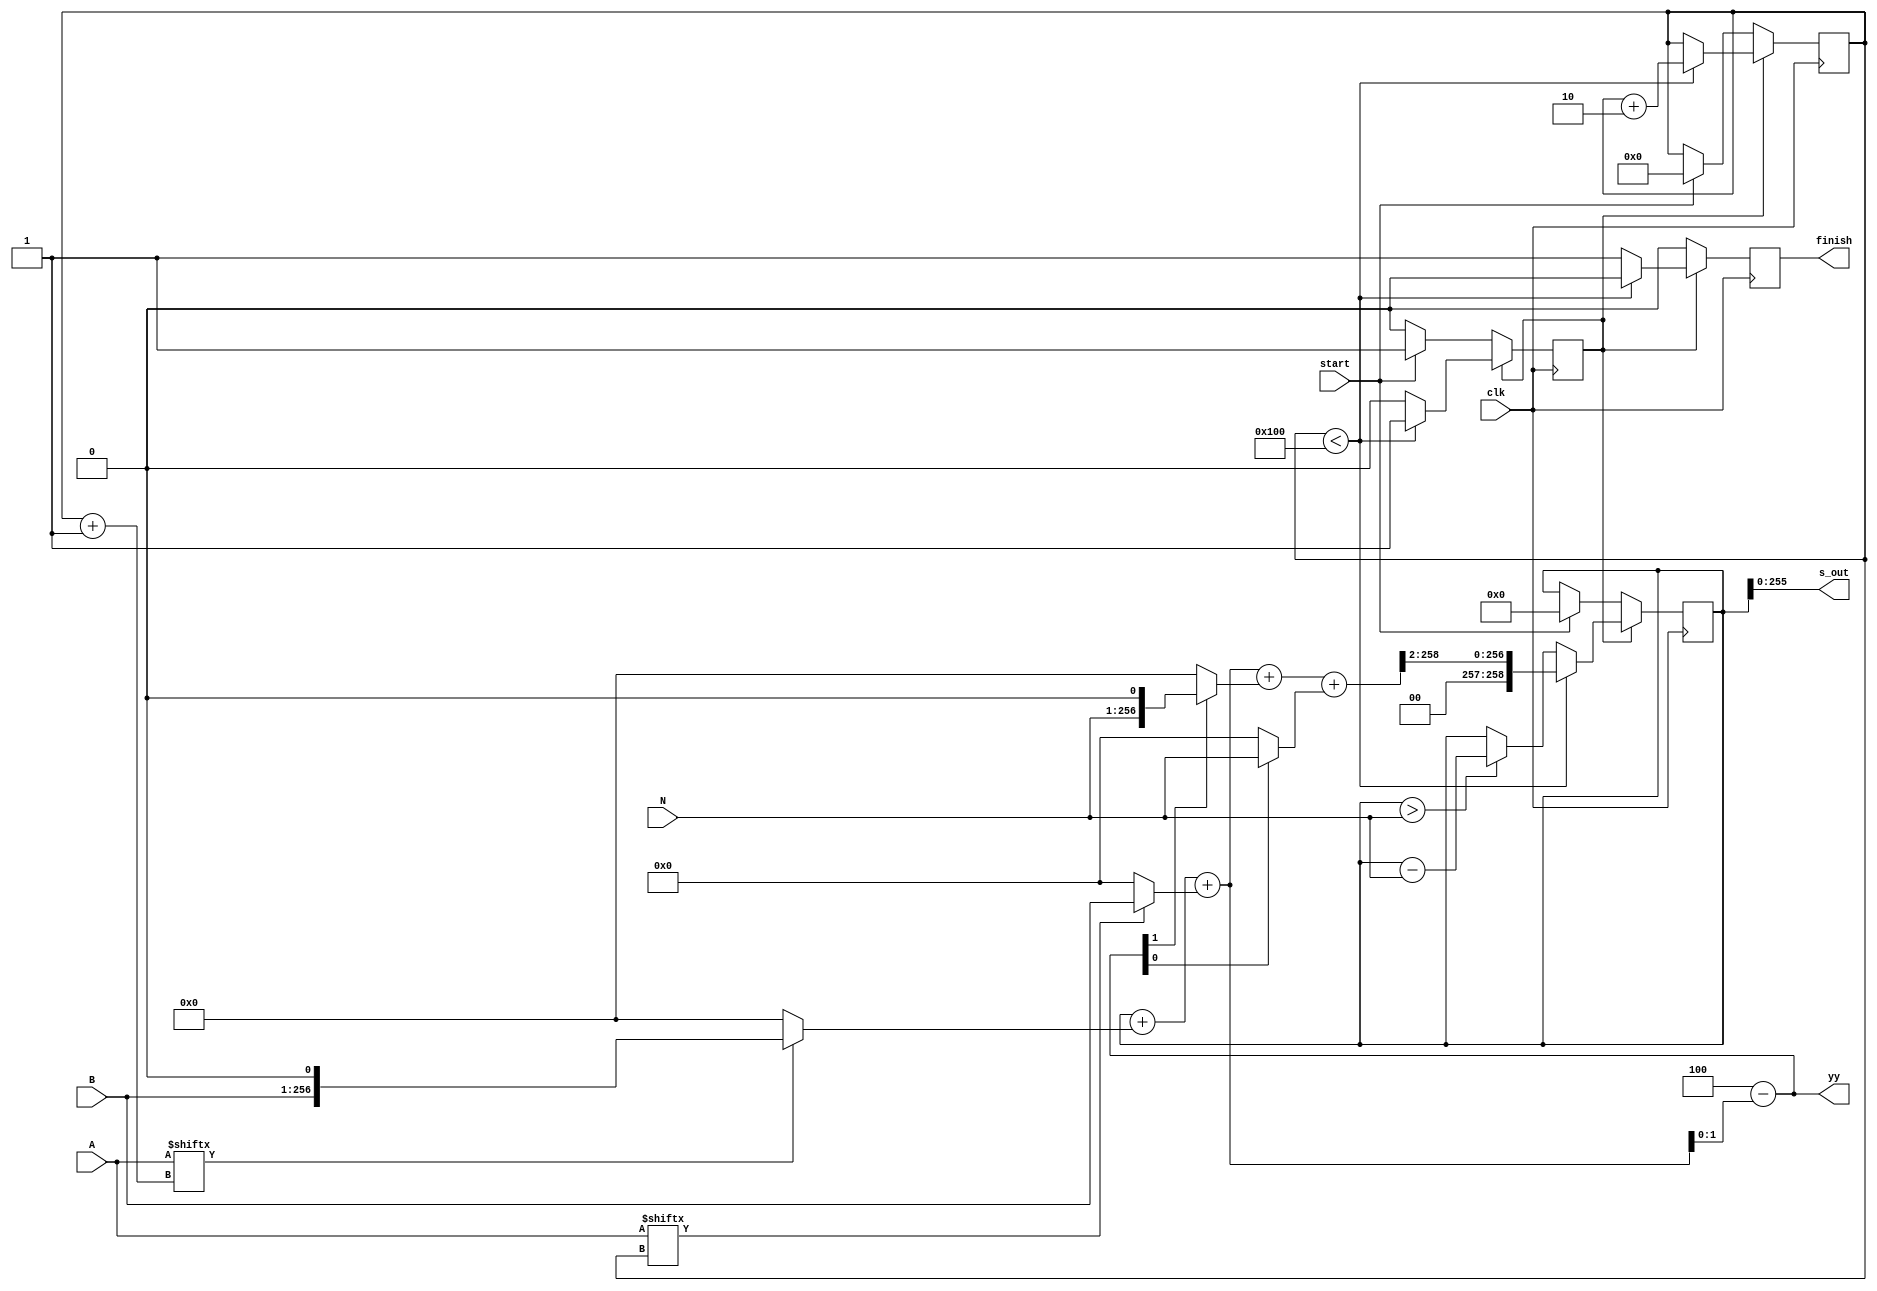
module MA(
input [255:0] A,B,N,
input start,
input clk,
output [255:0] s_out,
output finish,
output [2:0] yy
);

//finite state machine
parameter waiting = 1'b0;
parameter calculate = 1'b1;
reg state,state_next;
reg [258:0] s,s_next;
wire [258:0] q;
reg [8:0] counter,counter_next;
reg temp_finish;
reg temp_finish_next;
assign yy = y;

assign q = s+(A[counter+1'b1]?({2'b00,B,1'b0}/*B<<1*/) :259'b0)+(A[counter]? {3'b000,B} :259'b0);
wire[2:0] y = 3'b100 - {1'b0,q[1:0]};

always @ (posedge clk) begin
	if (state == 1'b1) begin
		if(counter <  9'd256) begin
			s = (q + (y[1] ?({2'b00,N,1'b0}/*N<<1*/) :259'b0)+(y[0]? {3'b000,N} :259'b0));
			s = {2'b00,s[258:2]};
			temp_finish = 1'b0;
			counter = counter + 2'b10;
		end
		else begin
			s = ((s>N) ?(s-{3'b000,N}) :(s));
			temp_finish = 1'b1;
			state = 1'b0;
		end
	end

	else begin
		if (start) begin
			s <= 1'b0;
			counter <= 1'b0;
			state <= 1'b1;
		end
		else begin
			state <= 1'b0;
		end
		temp_finish <= 1'b0;
	end
end
assign s_out = s[255:0];
assign finish=temp_finish;


endmodule